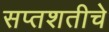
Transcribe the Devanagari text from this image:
सप्तशतीचे